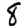
Digit: 8